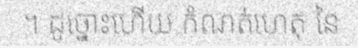
។ ដូច្នោះហើយ កំណត់ហេតុ នៃ